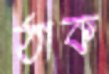
ঠাক